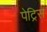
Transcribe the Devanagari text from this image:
पेट्रिस